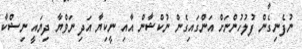
ނުފެނިގެން ފުލުހުންނަށް އަންގައިގެން ނުކްޝާން އާއި ނީކިޔާ އަދި ނަވްޔާ ދިޔައީ ނިޝްކާ